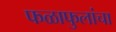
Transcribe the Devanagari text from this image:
फळाफुलांचा